Tezpur Lunatic Asylum reports 1877-1894 - 1877-1894
Year: 1877
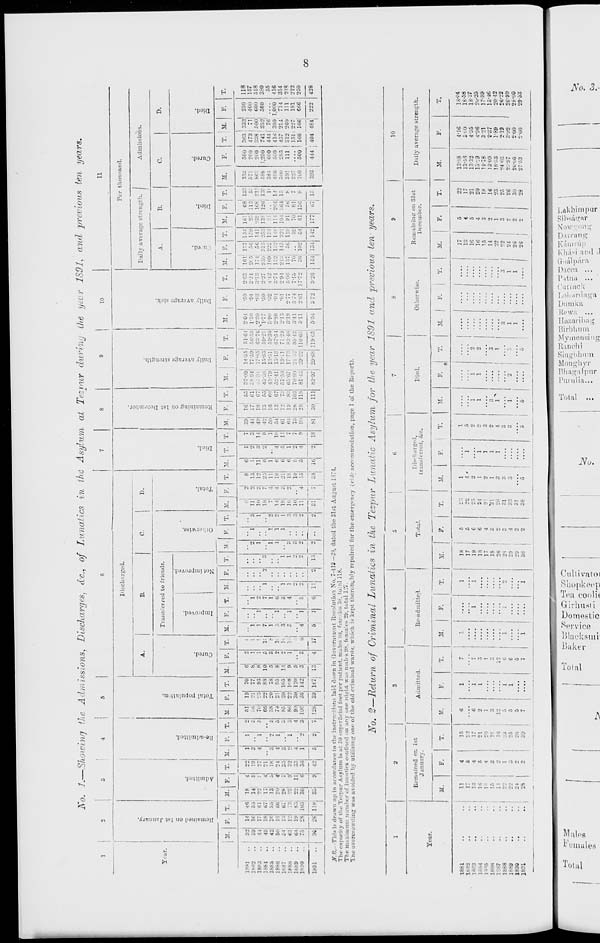
No. /.—Showing the Admissions, Discharges, dc, of Lunatics in the Asylum at Tezrmr during the yet r 1S91, and previous ten years.
1
1
2
3
4
I 5
6
7
8
9
!
10
11
>.
Discharged.
--
3
Q
o
0
to
o
Fer thousand.
A.
B.
C.
|
D.
Daily average strength. I
Admissions.
1* ar.
Trans erred to friends.
1
A.
B.
C.
D.
73
O
»
3
l>
•an
a
C3
Q.
-c
O
>
s
5,
c
ci
•o
-3
73
=
B
s
"
c
•-
g
•a
3
~
n?
9
■g
a
73
■a
o
o
3
s
a
=5
■<
OJ
H
o
—
55
o
F.
H
P
tf
°
P.
M.
Q
O
p
I M - F. T. M. 1 F ' T. M. 1'. T. M. F. T. M. i p - T. 1
M.
F. | T. | M. F. T. M.
T. M.
F.
T. M. T. T.
)
1* 1 T. i *' F. T. M. F. T. I* T. M. F. [ T. M. F. T. M. F. T.
..
32
14
4*5
18
4
w
1
1
s
51
19
70
6
2
;
|
.. 2 8 6
1
7
39
, G | 55 TT-'lLr 14-55 ! 51-64 204
•59
2'63
lfill 137 154 161
68 135
333
500 363 ' 333
250
118
1882
..
39
IC
14
5
19
3
• . 21 77 8
1
' .
1
1
2
1
3
11
o
13
1
•> 3 44 171 61 : 8 94 17-59 56*53 1-30
•94
2-24
21 5
50 159
25 113| 5:
571
200
4 73
71
400
157
18R3
..
14
17
22
.' 27 4
1
7o
23
93
8
1
!
1
1
21
1
1
l(i
12
11
14
49
IS
67
17*85 6:;-7(i •>•:••■
•83
::•!:: 174 56 141 23! [6f 211 863
200
338 500
600
518
1884
49
18
CT! 17
4
21
18
66
22
88
10
5
1!
71 .
7
1
2
18
7
25
6
2
8
42
13
55
15-83 59-21 '1-77
•50
2-27
•J.'.l) 315 253 13.< 126| 13f
588 1,250
741 352
500
330
1885
..
42
lfi
-
13
3
2
5
58
20
78
o
3
i
I 1 ..
1
1
i
•>
7
4
11
1
1
50
ir,
6f> 45-79 13-51 59-30 .'•9(i
•52
442
109 222 184
.. ' II
384
000 444| 76
55
1PS6
5<'
IS
66
20
4
24
1
1
8
74
2!
95
8
2
1(
I
6
1
1
2
14
4
is
6
4
Id
54
13
67 52-41 15-13 67-51 2-S0
•91
:;-7i
!.--. 132 1 It 114 264 14
40(1
5110
41-ii 300 1,000 416
1887
..
54
13
67
28
' 35 3
85
20 105
14
2
1
3! ..
3
1
1
1
1
IS
:: 21
6
g
11
(11
12
7:! 57-58 13-71 71-29 2*13
•81
294
•_>;:, 145 •,.. • 101 :<;l la
500
285 457 214
711
314
1D88
61
12
:
?3
9
"2
o
1
3
8<;
22 1"8
9
1
I ■
3'
1
4
1
1
3
16
o
18
6
1
7
64
19
83 65-67 17-73 8340 :;•!'.' •2-77 5-96 137 50 119 91 561 8: 391
111
312 260
111
218
lfet-9
..
64
IS
83
22
11
.;:
4
4
9l<
301 120
5
.. | ..
2
3
3
10
.
10
5
2
7
75
28| 103 70-90 _;■ i2 95-42
341
3 14
7-15
70
52
7u
8l| 7
227
151 227
181
21-2
18S0
..
96
i
28
103
118
30
6
3«
42
1
5 _ " 2
3
7
106
36 142
3
13
3
4
u
17
4|
1
5
0
1!
——
2
13
o
2
—
2
2
11
31
4
15
38
5
16
4
o
9
18
9!)
81
2
30j'
118
111
81-43 29-22
29-68
110-65
119-65
511
5*54
2-01
17-72
36
144
102
134
0!
142
61
177
13'J
8
67! 15
100
393
500
166 166| 666
250
1891
167J
5
1
83-97
372
9-26
444 404 484'
1
222
428
Jf.H. This i? drawn np in accordance to the instructions laid down in Government Resolution No. 7-419—28, dated the 31st August 1S71.
The capacity of the Tezpar Asylum is at 50 snperficial feet per patient, males 80, females 38, ro.:il 118.
The maximum number of lunatics confined on any one night was mail ? 98, females 29. total 127.
The uvt-rc-owning was avoided by utilising one of the old criminal wards, which is kept thoroughly repaired for the emergency {tide accommodation, page 1 of the Report).
CO
No. 2—Return of Criminal Lunatics in the Tezpur Lunatic Asylum for the year 1S91 and 'previous ten years.
Year.
Remained or
Januarv.
1st
M.
F.
T.
Admitted.
M.
1881
11
4
15
6
1
1882
17
5
22
•
13
4
17
6
1
.
16
5
21
•>
I
.
1
4
20
]
18S<i
•
'-
3
1 -7
.
2
16
12
1SS8
22
1
■•
. ".
1
I88S
22
3
25
5
1
1890
2J
2
2'i
5
1691
.
28
2
30 !
7
T.
Re-admitted.
M.
T.
31.
F.
18
5
17
5
19
6
18
6
17
4
18
3
20
2
2*
3
29
4
29
2
3D
I
2
5
6
7
8
9
10
otal.
Discharged,
transferred, &c.
Died.
Otherwise.
Bemaininsr on 31st
December.
Daily average strength.
T.
M.
F.
M.
F.
31.
11.
F.
M.
F.
22
25
24
2]
"21
28
31
33
31
38
1
l
4 '
i
5
2
1
1
I
2
1
2
i
3
1
l
2
;;
3
i
4
1"
3
3
3
....
8
1
5
—
5
5
1
17
5
i
<>9
13
4
17
16
5
21
16
4
20 |
15
3
18
14
2
16 j
...
22
1
23
3
3
22
3
25
1
....
1
I
24
26
1
....
1
28
•>
30
.... | .... j .... f 26 2 23
13-88
4-16
1*04
13-53
5-(.0
18-58
13-32
4'55
18-2?
15-29
4-96
20*25
14-78
3 21
17-99
13-09
2-37
1546
1853
1-89
20-42
24-03
219
26-22
2. -97
3*02
'
26-99
2i--00
2 00
28-00
27-53
2-00
29-63
EL »
V*
i-3
o
bs rC "Z- C C' ^ 3° d
p 5" 2 o -• 2 ST -
7r
o 5> s c ^ <
~ a> S. L ~ re P
"tssZS^^s^trJr
p a J'-.
.•'? 'J-. -
' 5 ~ s
"=■'" j'%
~ P ? ~: ? ? ? ~ £
2_ = S- g 2 — 5: P £ ji ~ *.-. S - p " 5t
J<5 a =. 2i
Co